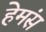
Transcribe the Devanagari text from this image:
हेमंस